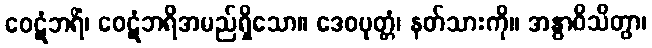
ဝေဋံဘရိံ၊ ဝေဋံဘရိအမည်ရှိသော။ ဒေဝပုတ္တံ၊ နတ်သားကို။ အနွာဝိသိတွာ၊